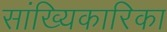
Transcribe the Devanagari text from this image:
सांख्यिकारिका